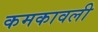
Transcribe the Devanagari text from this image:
कमकावली